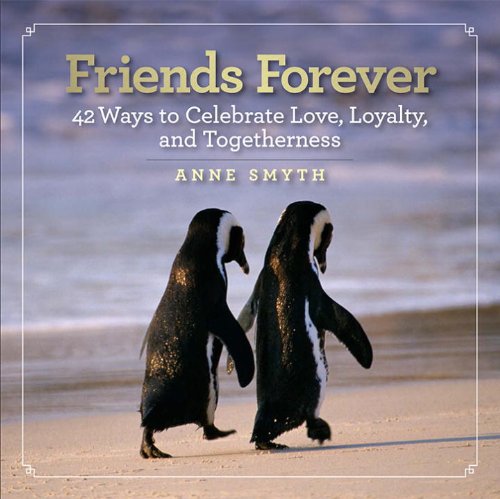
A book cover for Friends Forever: 42 Ways to Celebrate Love, Loyalty, and Togetherness; Anne Rogers Smyth; Self-Help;